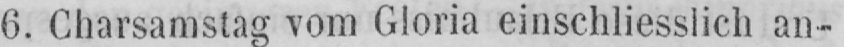
6. Charsamstag vom Gloria einschliesslich an-